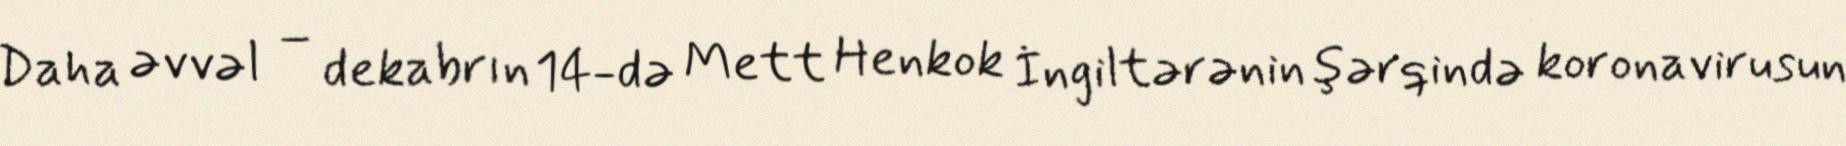
Daha əvvəl – dekabrın 14-də Mett Henkok İngiltərənin şərqində koronavirusun